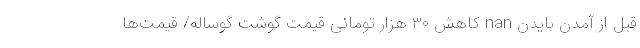
قبل از آمدن بایدن nan کاهش ۳۰ هزار تومانی قیمت گوشت گوساله/ قیمت‌ها